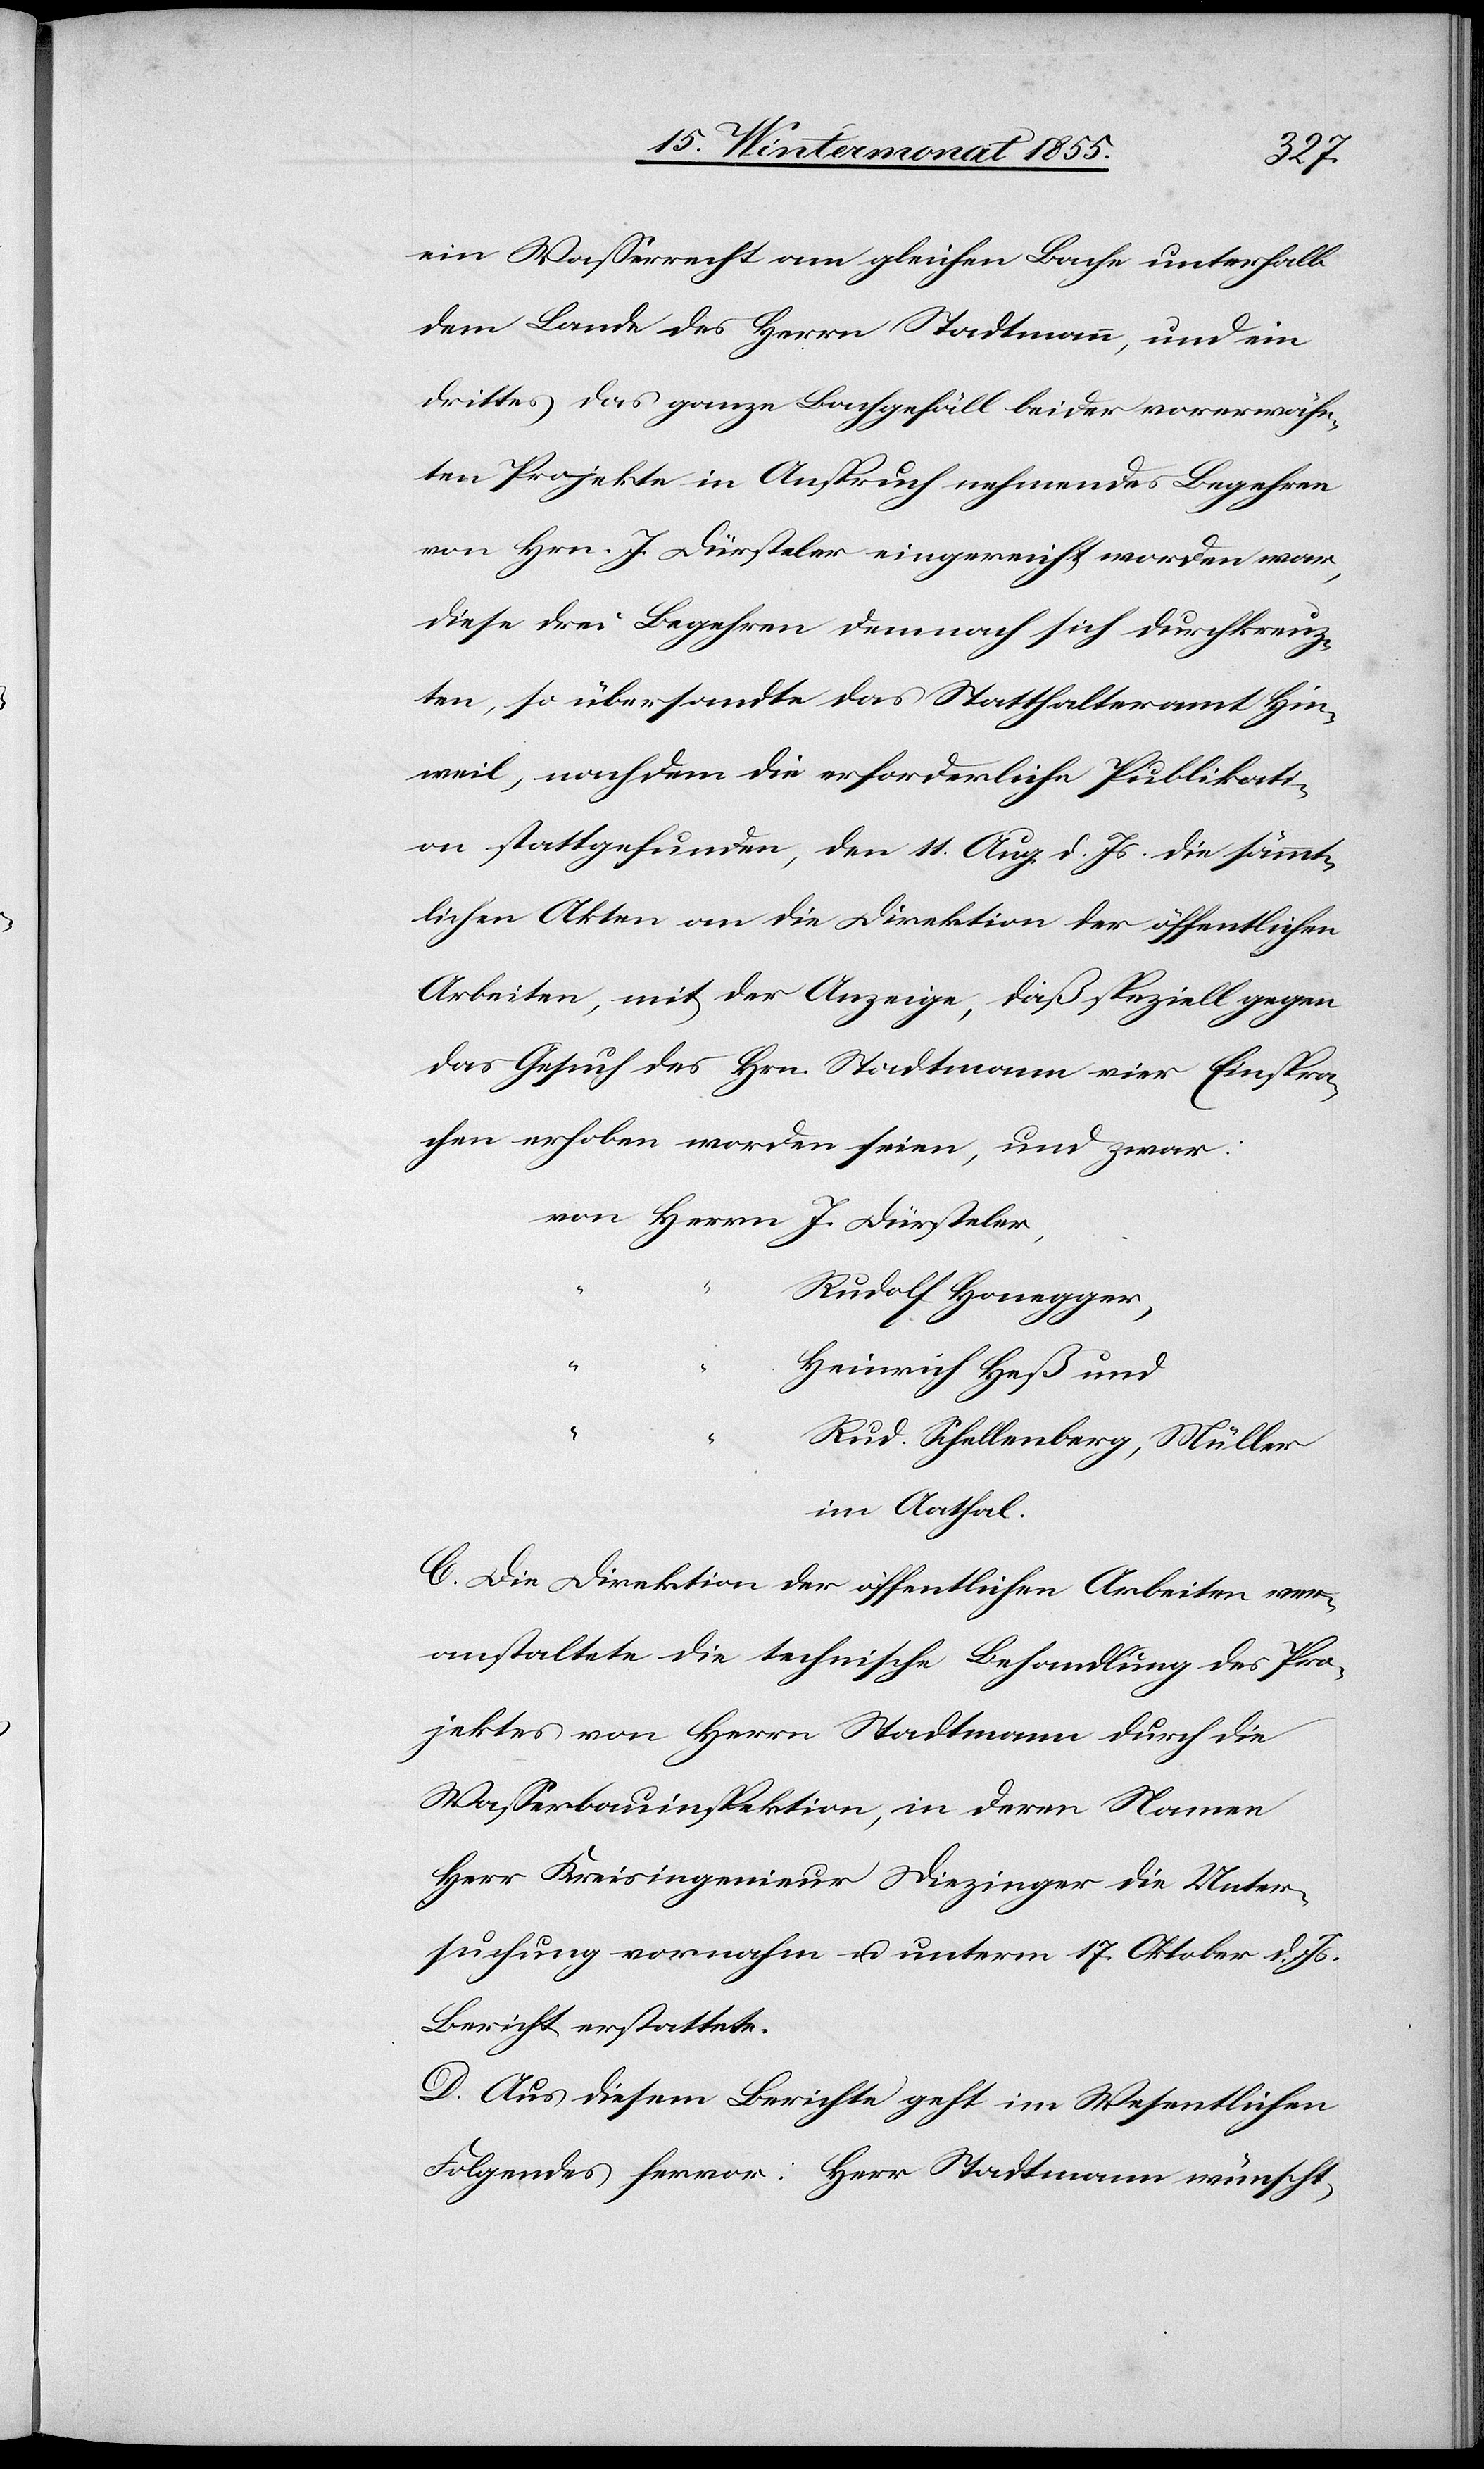
ein Wasserecht am gleichen Bache unterhalb
dem Lande des Herrn Stadtmann, und ein
drittes das ganze Bachgefäll beider vorerwähn¬
ten Projekte in Anspruch nehmendes Begehren
von Hrn. J. Dürsteler eingereicht worden war,
diese drei Begehren demnach sich durchkreuz¬
ten, so übersandte das Statthalteramt Hin¬
weil, nachdem die erforderliche Publikati¬
on stattgefunden, den 11. Aug. d. Js. die sämmt¬
lichen Akten an die Direktion der öffentlichen
Arbeiten, mit der Anzeige, daß speziell gegen
das Gesuch des Hrn. Stadtmann vier Einspra¬
chen erhoben worden seien, und zwar:
Rudolf Honegger
Heinrich Heß und
Rud. Schellenberg, Müller
im Aathal.
C. Die Direktion der öffentlichen Arbeiten ver¬
anstaltete die technische Behandlung des Pro¬
jektes von Herrn Stadtmann durch die
Wasserbauinspektion, in deren Namen
Herr Kreisingenieur Diezinger die Unter¬
suchung vornahm u. unterm 17. Oktober d. Js.
Bericht erstattete.
D. Aus diesem Berichte geht im Wesentlichen
Folgendes hervor: Herr Stadtmann wünscht